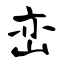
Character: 峦